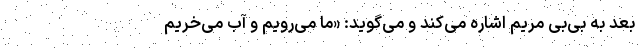
بعد به بی‌بی مریم اشاره می‌کند و می‌گوید: «ما می‌رویم و آب می‌خریم